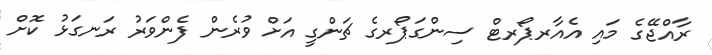
ރާއްޖޭގެ މައި އެއާރޕޯރޓް ސިންގަޕޯރގެ ޗަންގީ އަށް ވުރެން ފެންވަރު ރަނގަޅު ކޮށް